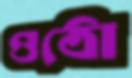
ওঠো